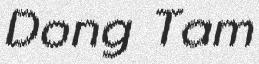
Dong Tam